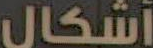
أشكال